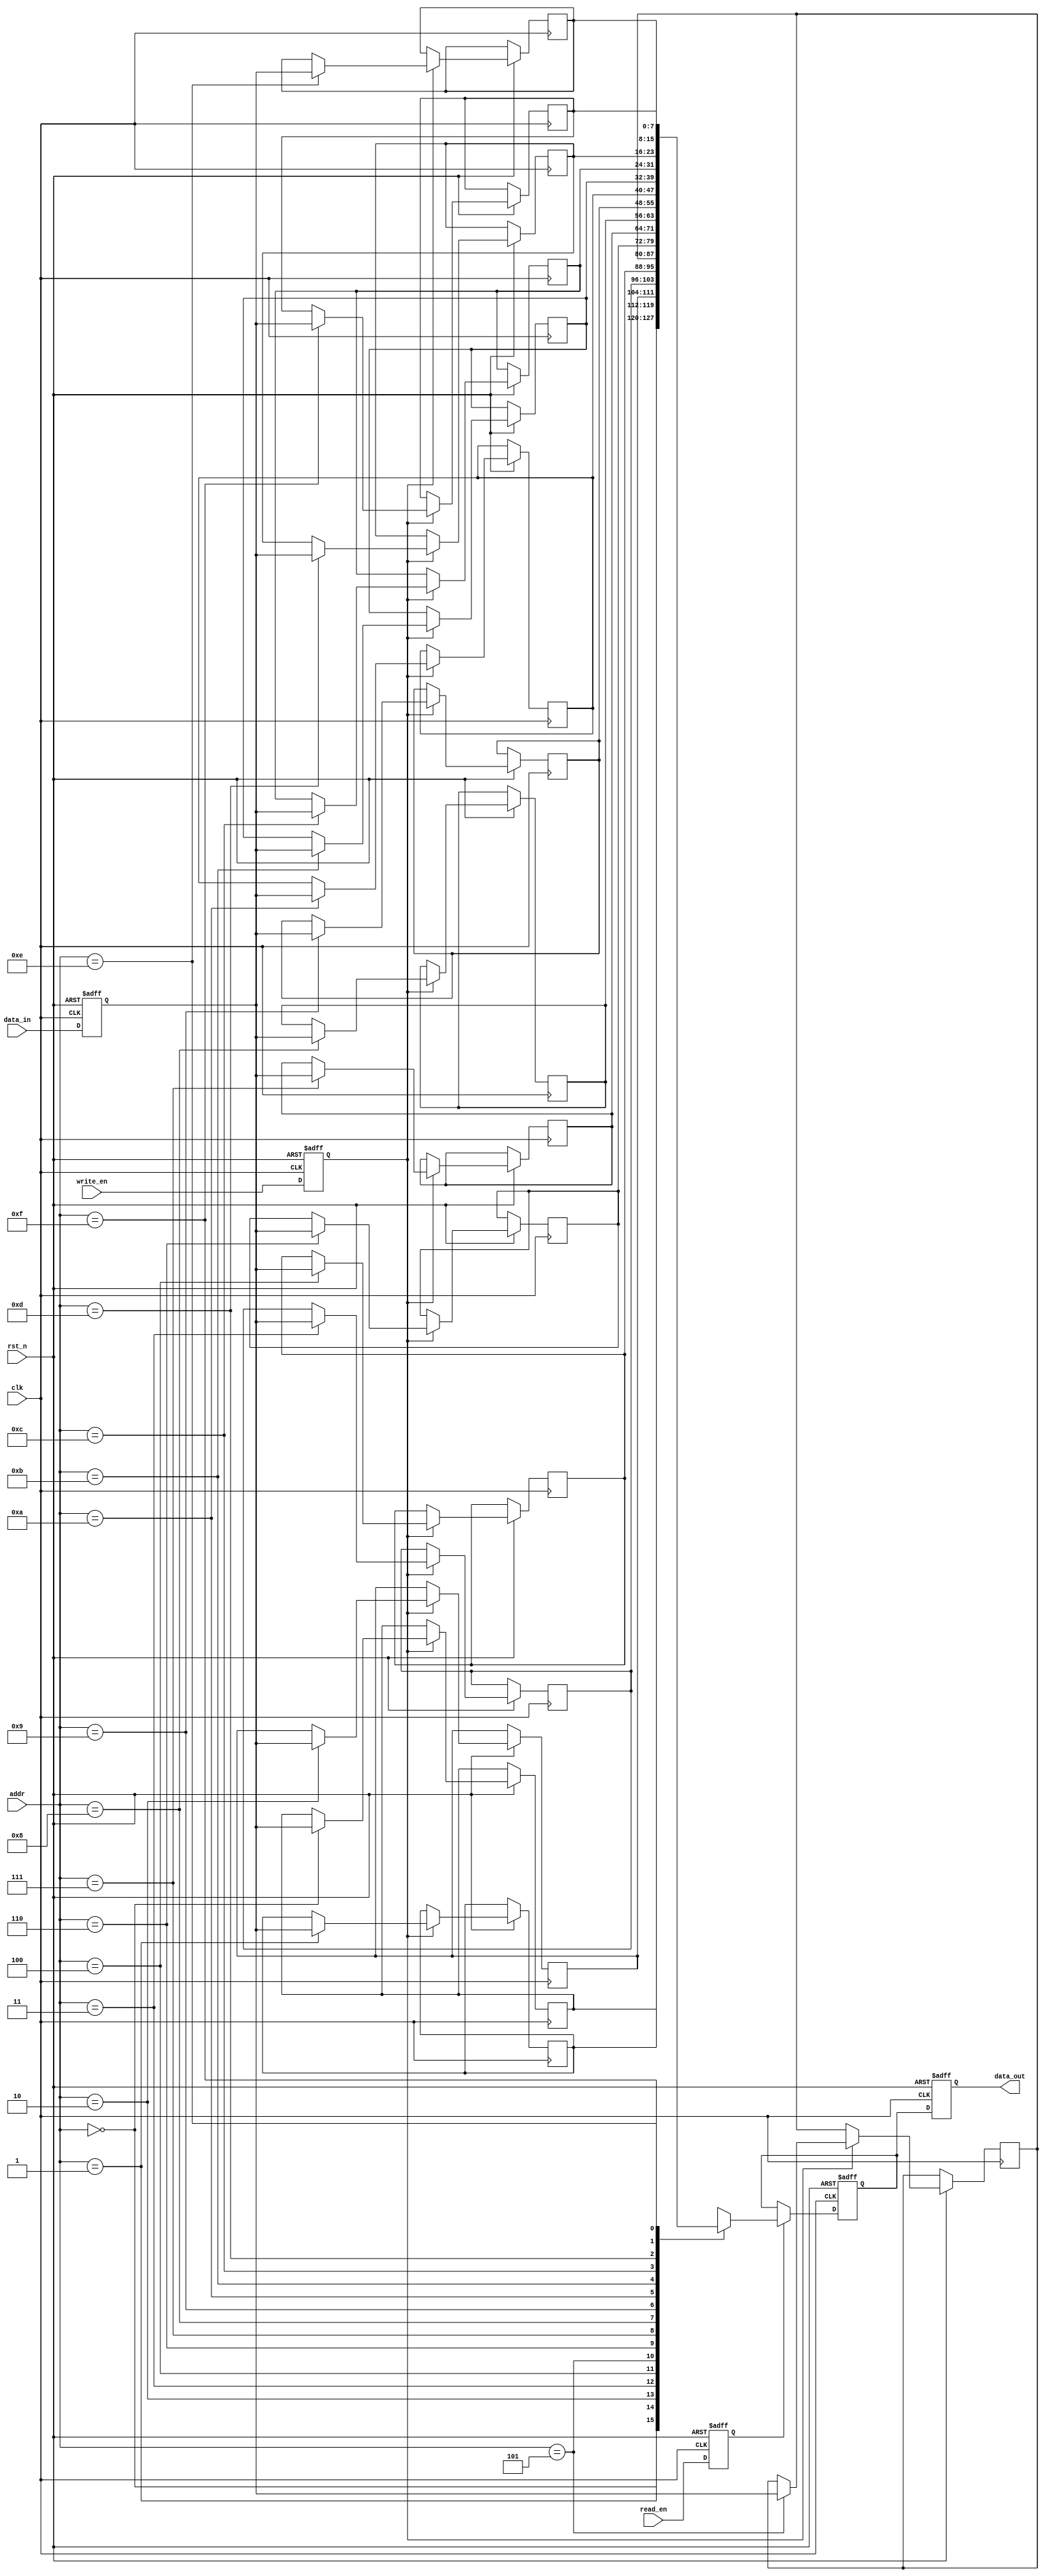
module MemoryBlock (
    input wire clk,                 // Clock for memory block
    input wire rst_n,               // Active low reset
    input wire [7:0] data_in,       // Data input
    input wire write_en,            // Write enable
    input wire read_en,             // Read enable
    input wire [3:0] addr,          // Address for memory access
    output reg [7:0] data_out       // Data output
);

    // Memory block (RAM)
    reg [7:0] memory [0:15]; // 16x8 memory

    // Safe Delay Line
    reg [7:0] data_in_delayed; // Delayed data input
    reg write_en_delayed;       // Delayed write enable
    reg read_en_delayed;        // Delayed read enable

    // Synchronization Logic
    reg [7:0] sync_data_out;    // Synchronized data output

    // Safe Delay Line Implementation
    always @(posedge clk or negedge rst_n) begin
        if (!rst_n) begin
            data_in_delayed <= 8'b0;
            write_en_delayed <= 1'b0;
            read_en_delayed <= 1'b0;
        end else begin
            // Introduce delay for synchronization
            data_in_delayed <= data_in; // 1 clock cycle delay
            write_en_delayed <= write_en; // 1 clock cycle delay
            read_en_delayed <= read_en; // 1 clock cycle delay
        end
    end

    // Memory Read/Write Operations
    always @(posedge clk or negedge rst_n) begin
        if (!rst_n) begin
            data_out <= 8'b0;
            sync_data_out <= 8'b0;
        end else begin
            // Write operation
            if (write_en_delayed) begin
                memory[addr] <= data_in_delayed;
            end
            
            // Read operation
            if (read_en_delayed) begin
                sync_data_out <= memory[addr];
            end
            data_out <= sync_data_out; // Output the synchronized data
        end
    end

endmodule